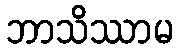
ဘာသိဿာမ